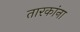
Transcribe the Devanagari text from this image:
तारकांना